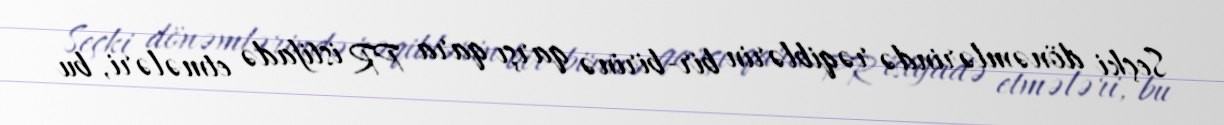
Seçki dönəmlərində rəqiblərin bir-birinə qarşı qara PR istifadə etmələri, bu